Lunatic asylums in Bengal annual reports 1912-1924 - 1912-1924
Year: 1912
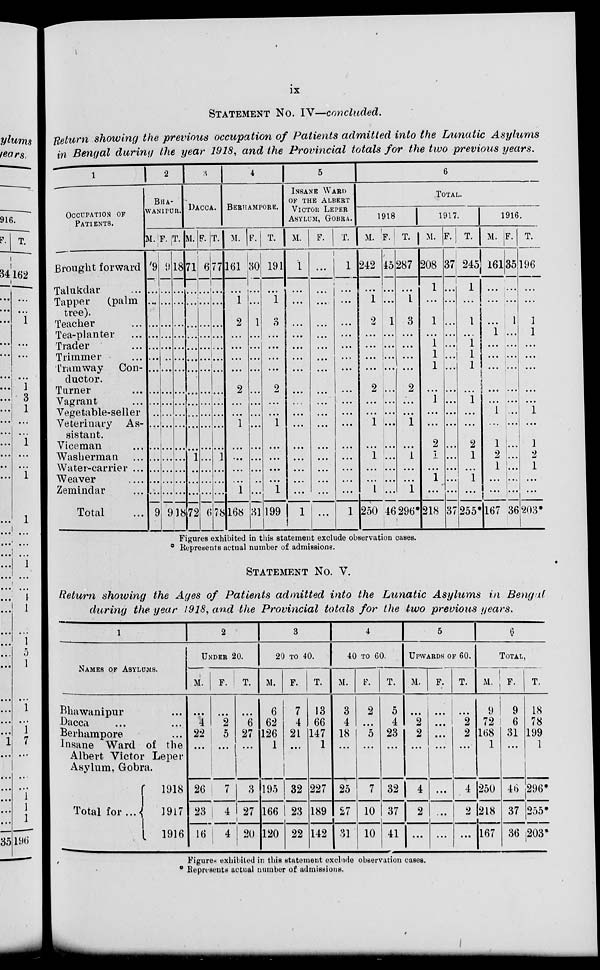
ix
STATEMENT No. IV—concluded.
Return showing the previous occupation of Patients admitted into the Lunatic Asylums
in Bengal during the year 1918, and the Provincial totals for the two previous years.
1
OCCUPATION OF
PATIENTS.
Brought forward
Talukdar ...
Tapper
(palm
tree).
Teacher ...
Tea-planter ...
Trader ...
Trimmer ...
Tramway Con-
ductor.
Turner ...
Vagrant ...
Vegetable-seller
Veterinary As-
sistant.
Viceman ...
Washerman ...
Water-carrier ...
Weaver
...
Zemindar ...
Total ...
2
BHA-
WANIPUR.
M.
9
...
...
...
...
...
...
...
...
...
...
...
...
...
...
...
...
9
F.
9
...
...
...
...
...
...
...
...
...
...
...
...
...
...
...
...
9
T.
18 ...
...
...
...
...
...
...
...
...
...
...
...
...
...
...
...
18
3
DACCA.
M.
71
...
...
...
...
...
...
...
...
...
...
...
...
1
...
...
...
72
F.
6
...
...
...
...
...
...
...
...
...
...
...
...
...
...
...
...
6
T.
77
...
...
...
...
...
...
...
...
...
...
...
...
1
...
...
...
78
4
BERHAMPORE.
M.
161
...
1
2
...
...
...
...
2
...
...
1
...
...
...
...
1
168
F.
30
...
...
1
...
...
...
...
...
...
...
...
...
...
...
...
...
31
T.
191
...
1
3
...
...
...
...
2
...
...
1
...
...
...
...
1
199
5
INSANE WARD
OF THE ALBERT
VICTOR LEPER
ASYLUM, GOBRA.
M.
1
...
...
...
...
...
...
...
...
...
...
...
...
...
...
...
...
1
F.
...
...
...
...
...
...
. ..
...
...
...
...
...
...
...
...
...
...
...
T.
1
...
...
...
...
...
...
...
...
...
...
...
...
...
...
...
...
1
6
TOTAL.
1918.
M.
242
...
1
2
...
...
...
...
2
...
...
1
...
1
...
...
1
250
F.
45
...
...
1
...
...
...
...
...
...
...
...
...
...
...
...
...
46
T.
287
...
1
3
...
...
...
...
2
...
...
1
...
1
...
...
1
296*
1917.
M.
208
1
...
1
...
1
1
1
...
1
...
...
2
1
...
1
...
218
F.
37
...
...
...
...
...
...
...
...
...
...
...
...
...
...
...
...
37
T.
245
1
...
1
...
1
1
1
...
1
...
...
2
1
...
1
...
255*
1916.
M.
161
...
...
...
1
...
...
...
...
...
1
...
1
2
1
...
...
167
F.
35
...
...
1
...
...
...
...
...
...
...
...
...
...
...
...
...
36
T.
196
...
...
1
1
...
...
...
...
...
1
...
1
2
1
...
...
203*
Figures exhibited in this statement exclude observation cases.
* Represents actual number of admissions.
STATEMENT No. V.
Return showing the Ages of Patients admitted into the Lunatic Asylums in Bengal
during the year 1918, and the Provincial totals for the two previous years.
1
NAMES OF ASYLUMS.
Bhawanipur ...
Dacca ... ...
Berhampore ...
Insane Ward of the
Albert Victor Leper
Asylum, Gobra.
Total for ...
1918
1917
1916
2
UNDER 20.
M.
...
4
22
...
26
23
16
F.
...
2
5
...
7
4
4
T.
...
6
27
...
3
27
20
3
20 TO 40.
M.
6
62
126
1
195
166
120
F.
7
4
21
...
32
23
22
T.
13
66
147
1
227
189
142
4
40 TO 60.
M.
3
4
18
...
25
27
31
F.
2
...
5
...
7
10
10
T.
5
4
23
...
32
37
41
5
UPWARDS OF 60.
M.
...
2
2
...
4
2
...
F.
...
...
...
...
...
...
...
T.
...
2
2
...
4
2
...
6
TOTAL.
M.
9
72
168
1
250
218
167
F.
9
6
31
...
46
37
36
T.
18
78
199
1
296*
255*
203*
Figures exhibited in this statement exclude observation cases.
* Represents actual number of admissions.